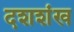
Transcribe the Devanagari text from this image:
दशशंख